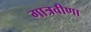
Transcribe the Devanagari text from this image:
गात्रवीणा